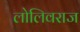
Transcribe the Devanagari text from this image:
लोलिवराज